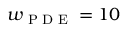
w _ { \textrm { P D E } } = 1 0